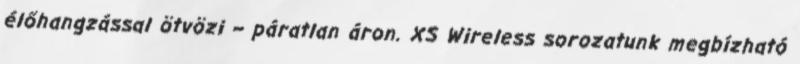
élőhangzással ötvözi – páratlan áron. XS Wireless sorozatunk megbízható